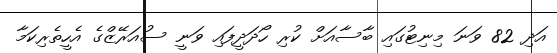
އަދި 82 ވަނަ މިނިޓުގައި ބާސާއަށް ކުރި ހޯދަދީފައި ވަނީ ސުއަރޭޒްގެ އެހީތެރިކަމާ